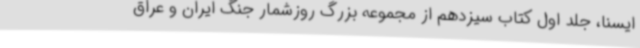
ایسنا،‌ جلد اول کتاب سیزدهم از مجموعه بزرگ روزشمار جنگ ایران و عراق